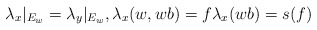
\begin{align*}\lambda_x|_{E_w} =\lambda_y|_{E_w}, \lambda_x(w, wb)=f \lambda_x(wb)=s(f)\end{align*}